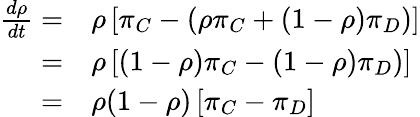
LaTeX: \begin{array}{rl}{\frac{d\rho}{dt}=}&{{}\rho\left[\pi_{C}-(\rho\pi_{C}+(1-\rho)\pi_{D})\right]}\\ {=}&{{}\rho\left[(1-\rho)\pi_{C}-(1-\rho)\pi_{D})\right]}\\ {=}&{{}\rho(1-\rho)\left[\pi_{C}-\pi_{D}\right]}\end{array}